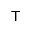
\top